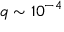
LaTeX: q \sim 1 0 ^ { - 4 }